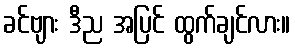
ခင်ဗျား ဒီည အပြင် ထွက်ချင်လား။